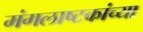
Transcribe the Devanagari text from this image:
मंगलाष्टकांच्या